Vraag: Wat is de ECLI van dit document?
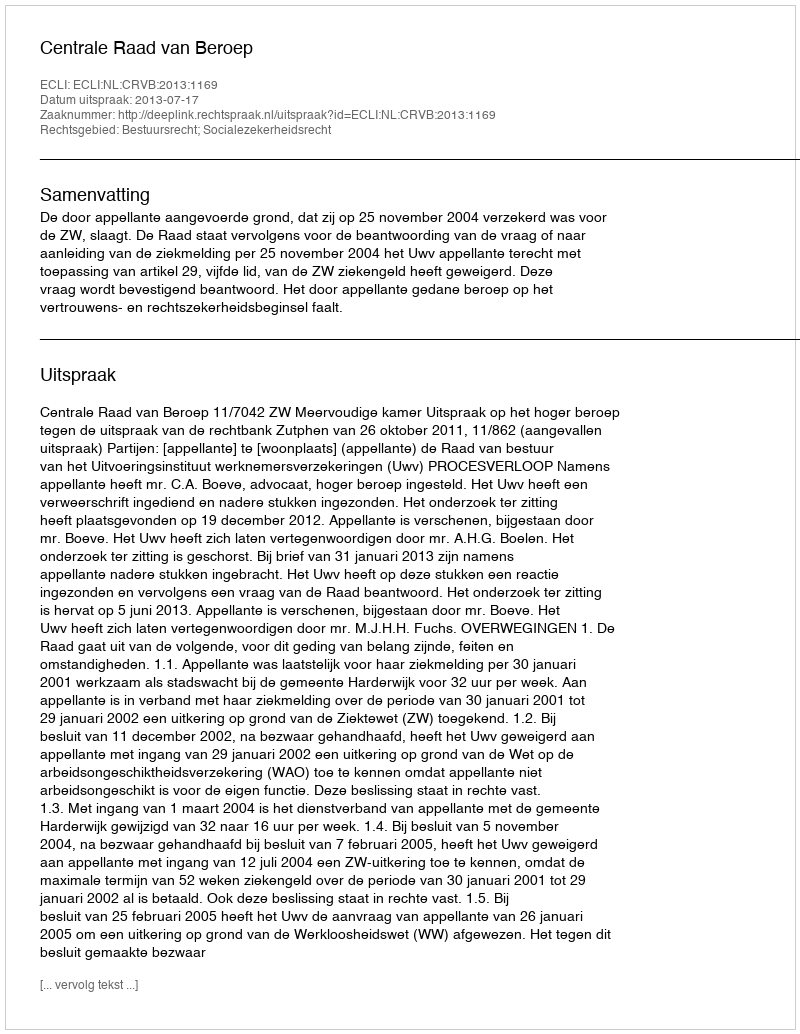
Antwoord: ECLI:NL:CRVB:2013:1169